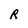
Character: R